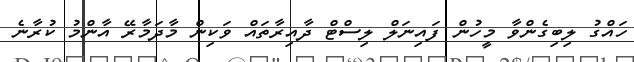
ހައްގު ލިބިގެންވާ މީހުން ފައިނަލް ލިސްޓް ދާއިރާތައް ވަކިން މާދަމާރޭ އާންމު ކުރާނެ